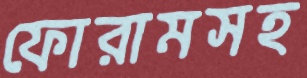
ফোরামসহ